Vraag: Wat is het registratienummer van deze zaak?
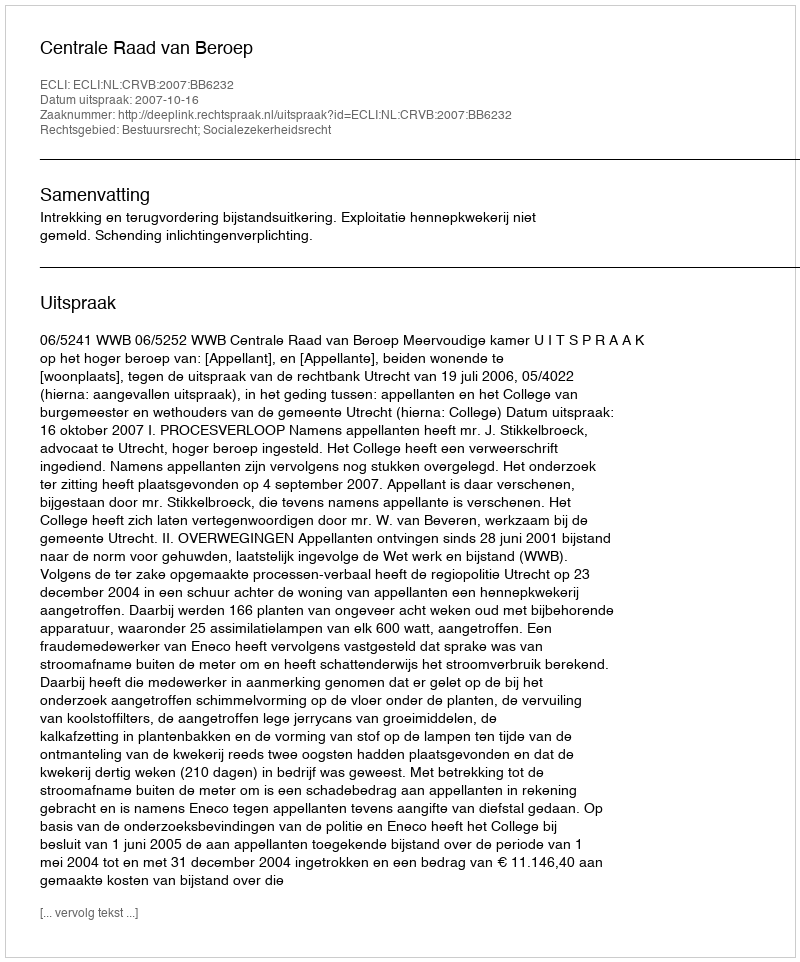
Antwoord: http://deeplink.rechtspraak.nl/uitspraak?id=ECLI:NL:CRVB:2007:BB6232